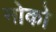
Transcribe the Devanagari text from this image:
नोको